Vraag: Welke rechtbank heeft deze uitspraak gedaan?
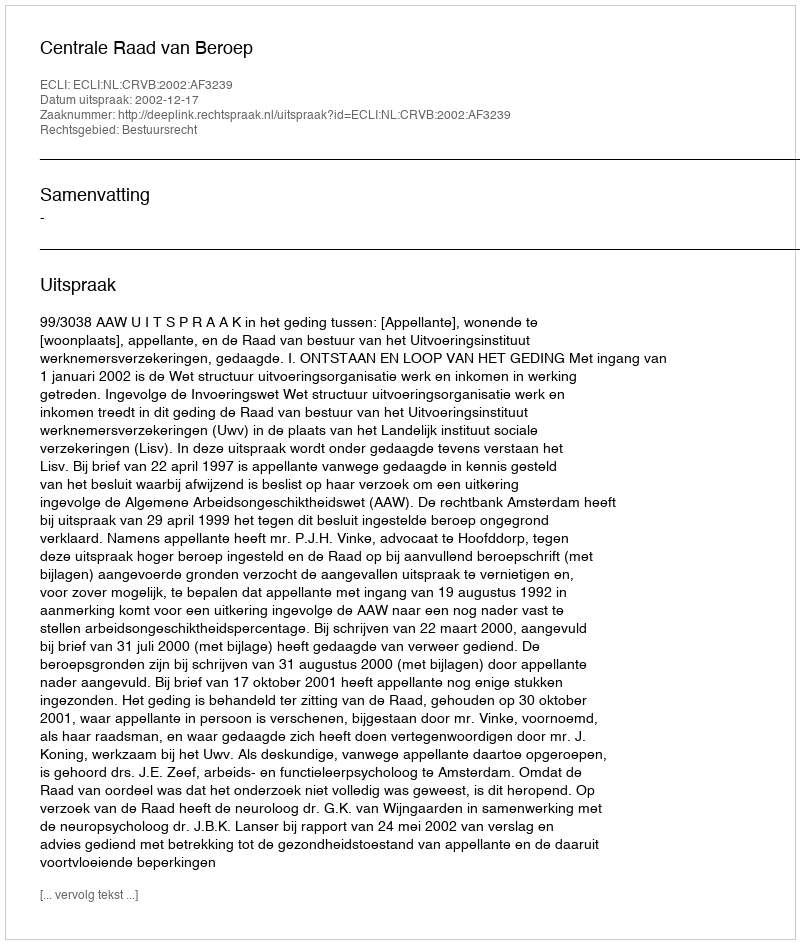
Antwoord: Centrale Raad van Beroep